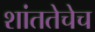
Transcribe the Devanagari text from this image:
शांततेचेच